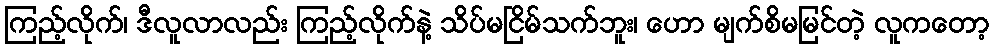
ကြည့်လိုက်၊ ဒီလူလာလည်း ကြည့်လိုက်နဲ့ သိပ်မငြိမ်သက်ဘူး၊ ဟော မျက်စိမမြင်တဲ့ လူကတော့